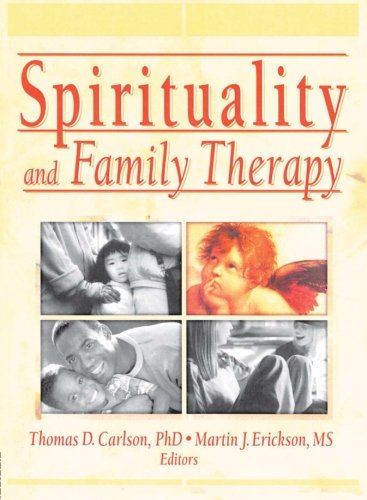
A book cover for Spirituality and Family Therapy (Journal of Family Psychotherapy); Martin John Erickson; Parenting & Relationships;